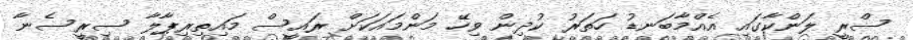
ސްރީ ލަންކާގައި އެއްމާބަނޑު ހަތަރު ކުދިން ވިހޭ މަންމައަކަށް ރައީސް މައިތިރިޕާލާ ސިރީސެނާ